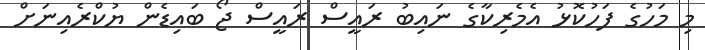
މި މަހުގެ ފަހުކޮޅު އެމެރިކާގެ ނައިބު ރައީސް ރައީސް ޖޯ ބައިޑެން ޔުކްރެއިނަށް